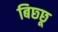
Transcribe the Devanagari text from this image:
बिछ्छू